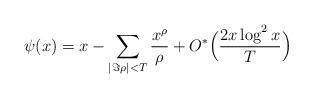
LaTeX: \begin{align*} \psi(x) = x - \sum_{|\Im \rho| < T} \frac{x^{\rho}}{\rho} + O^*\Big( \frac{ 2 x \log^2 x}{T} \Big)\end{align*}